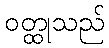
ဝတ္ထုသည်